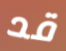
قد